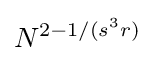
N^{2-1/(s^{3}r)}